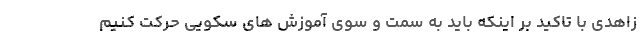
زاهدی با تاکید بر اینکه باید به سمت و سوی آموزش های سکویی حرکت کنیم